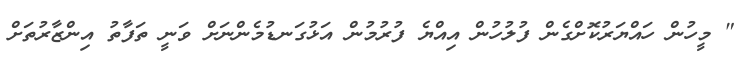
" މީހުން ހައްޔަރުކޮށްގެން ފުލުހުން އިއްޔެ ފުރުމުން އަޅުގަނޑުމެންނަށް ވަނީ ތަފާތު އިންޒާރުތަށް